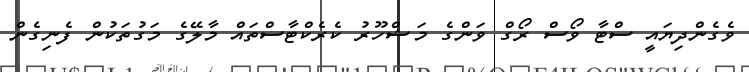
ވެގެންދިޔައީ ސްޓާ ވޯސް ރޯގް ވަންގެ މަޝްހޫރު ކެރެކްޓާސްތައް މާލޭގެ މަގުތަކުން ފެނިގެން